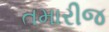
તમારીજ